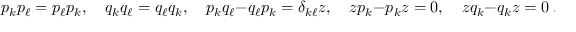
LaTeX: p _ { k } p _ { \ell } = p _ { \ell } p _ { k } , \quad q _ { k } q _ { \ell } = q _ { \ell } q _ { k } , \quad p _ { k } q _ { \ell } - q _ { \ell } p _ { k } = \delta _ { k \ell } z , \quad z p _ { k } - p _ { k } z = 0 , \quad z q _ { k } - q _ { k } z = 0 ~ .